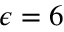
\epsilon = 6